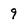
Character: 9